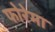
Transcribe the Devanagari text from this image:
फोरेमा